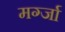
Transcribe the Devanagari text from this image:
मर्ग्जा